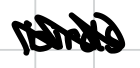
Text: birds
Cross-out: mix
Writing tool: digital_black